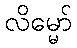
လိမ္မော်